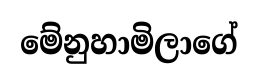
මේනුහාමිලාගේ